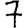
Digit: 7